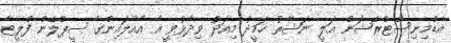
އެޑްމިނިސްޓްރޭޝަން އަލީ ނަޝާތު ހަމީދު މިއަދު ވިދާޅުވީ އެ އެއާލައިންގެ ސީޕްލޭން ފްލީޓާ